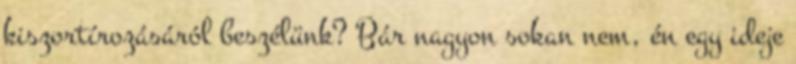
kiszortírozásáról beszélünk? Bár nagyon sokan nem, én egy ideje